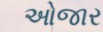
ઓજાર